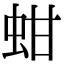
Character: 蚶